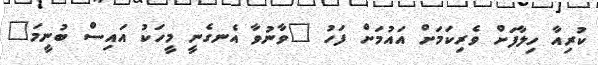
ކުރިއާ ހިލާފަށް ވެރިކަމަށް އައުމަށް ފަހު "ވާނުވާ އެނގެނީ މީހަކު އައިސް ބުނީމަ"